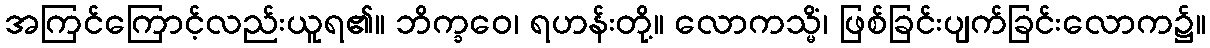
အကြင်ကြောင့်လည်းယူရ၏။ ဘိက္ခဝေ၊ ရဟန်းတို့။ လောကသ္မိံ၊ ဖြစ်ခြင်းပျက်ခြင်းလောက၌။